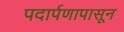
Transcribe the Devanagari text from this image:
पदार्पणापासून